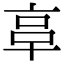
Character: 𠅖